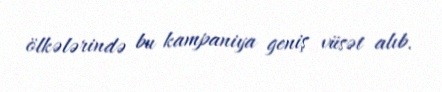
ölkələrində bu kampaniya geniş vüsət alıb.